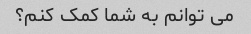
می توانم به شما کمک کنم؟